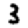
Digit: 3